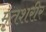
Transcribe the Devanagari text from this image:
मृतशरीर